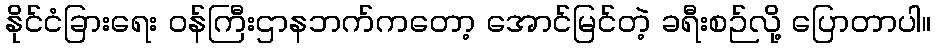
နိုင်ငံခြားရေး ဝန်ကြီးဌာနဘက်ကတော့ အောင်မြင်တဲ့ ခရီးစဉ်လို့ ပြောတာပါ။